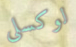
لوكسلي